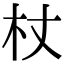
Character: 杖